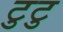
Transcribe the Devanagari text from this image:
टुटु